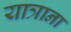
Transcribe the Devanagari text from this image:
यात्राना